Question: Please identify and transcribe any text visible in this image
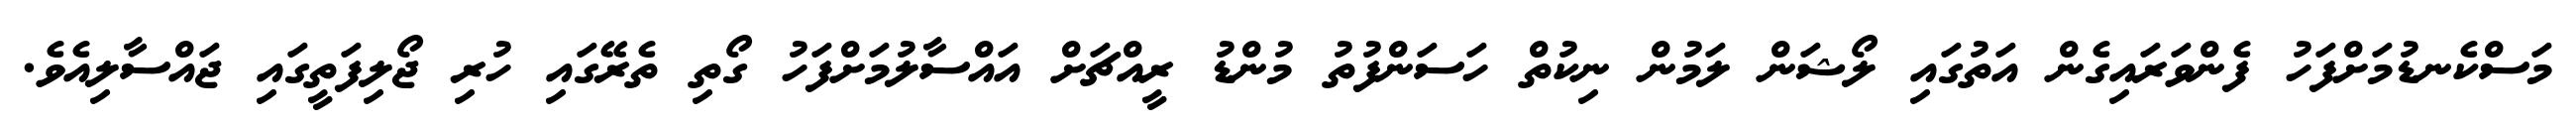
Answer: މަސްކެނޑުމަށްފަހު ފެންވަރައިގެން އަތުގައި ލޯޝަން ލަމުން ނިކުތް ހަސަންފުތު މުންޑު ރީއްޗަށް އައްސާލުމަށްފަހު ގޯތި ތެރޭގައި ހުރި ޖޯލިފަތީގައި ޖައްސާލިއެވެ.